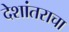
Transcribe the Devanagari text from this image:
देशांतराचा